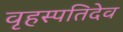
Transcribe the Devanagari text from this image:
वृहस्पतिदेव